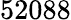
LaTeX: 52088